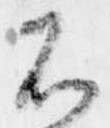
不